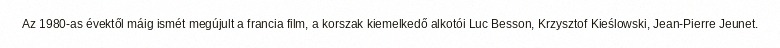
Az 1980-as évektől máig ismét megújult a francia film, a korszak kiemelkedő alkotói Luc Besson, Krzysztof Kieślowski, Jean-Pierre Jeunet.